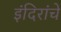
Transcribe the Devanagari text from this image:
इंदिरांचे